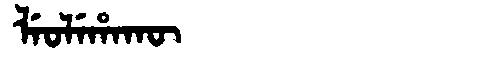
Manchu: ᠯᡝᠣᠯᡝᡥᠠᡴᡡ
Romanization: LEOLEHAKŪ